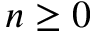
n \geq 0